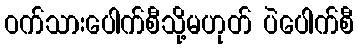
ဝက်သားပေါက်စီသို့မဟုတ် ပဲပေါက်စီ